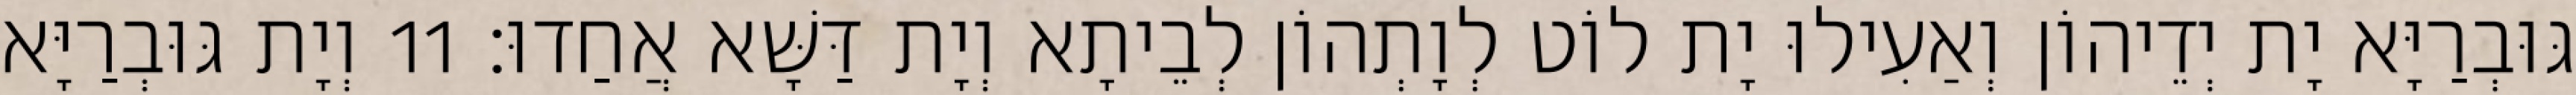
גּוּבְרַיָּא יָת יְדֵיהוֹן וְאַעִילוּ יָת לוֹט לְוָתְהוֹן לְבֵיתָא וְיָת דַּשָּׁא אֲחַדוּ׃ 11 וְיָת גּוּבְרַיָּא